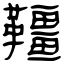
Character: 韁